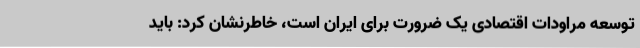
توسعه مراودات اقتصادی یک ضرورت برای ایران است، خاطرنشان کرد: باید